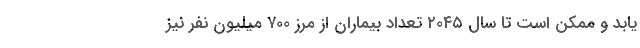
یابد و ممکن است تا سال ۲۰۴۵ تعداد بیماران از مرز ۷۰۰ میلیون نفر نیز